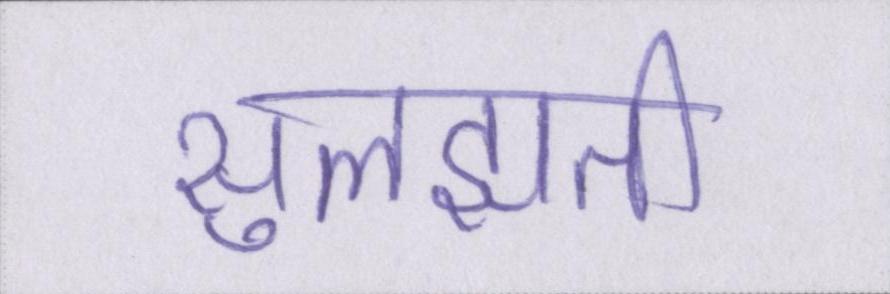
सुलझती